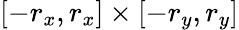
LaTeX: [-r_{x},r_{x}]\times[-r_{y},r_{y}]